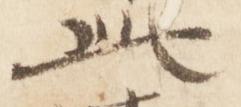
此